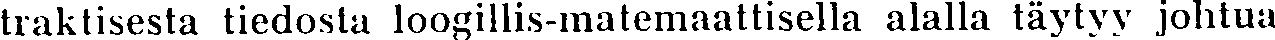
traktisesta tiedosta loogillis-matemaattisella alalla täytyy johtua